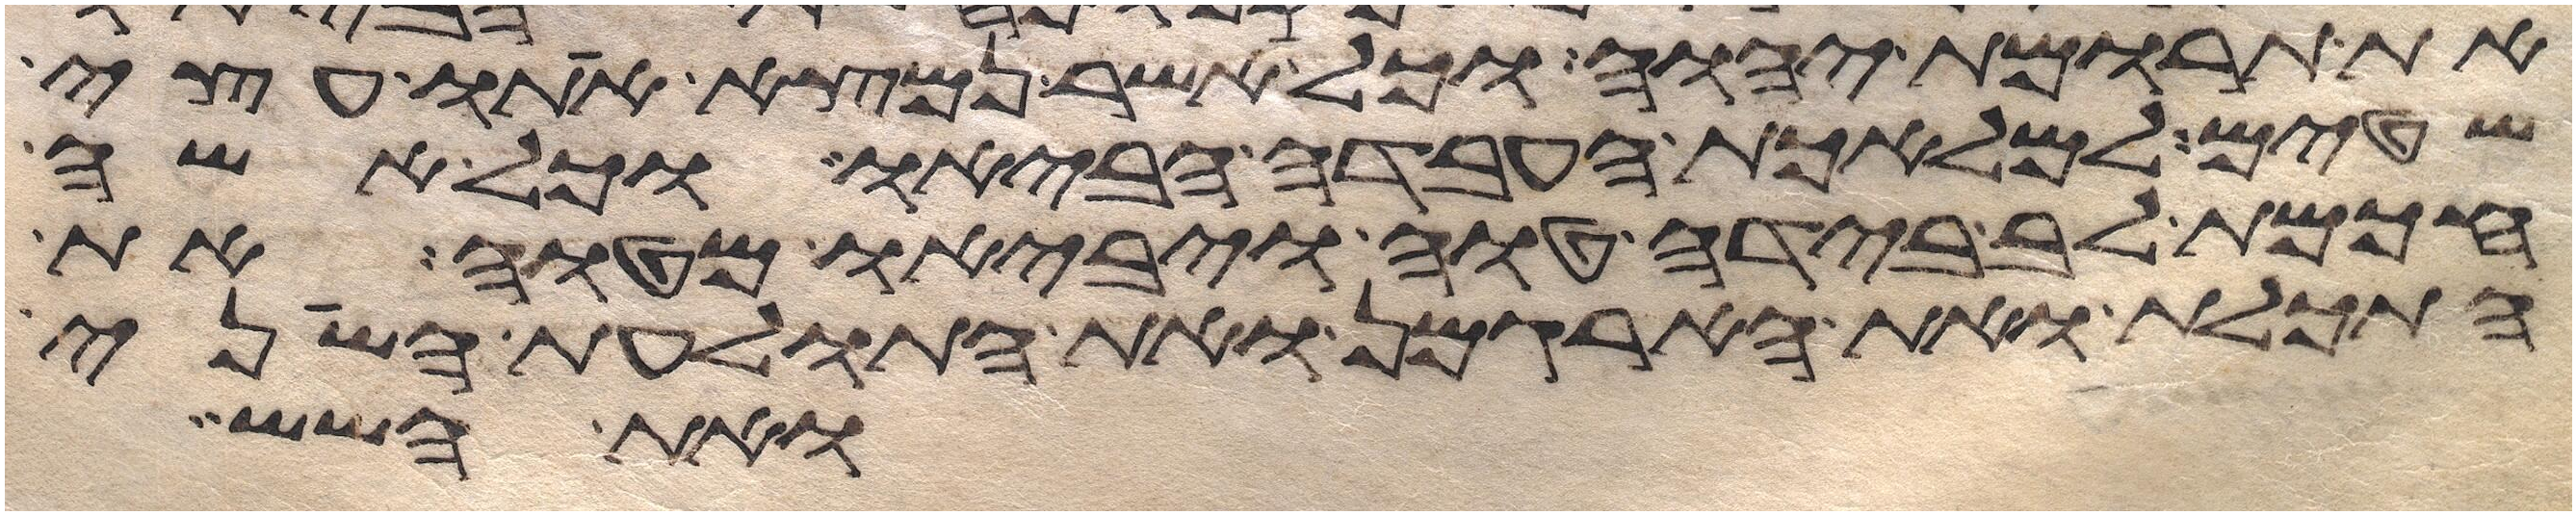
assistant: את תרומת יהוה וכל אשר נמצא אתו עצי
שטים למלאכת העבדה הביאו וכל אשה
חכמת לב בידה טוה ויביאו מטוה את
התכלת ואת הארגמן ואת התולעת השני
ואת השש